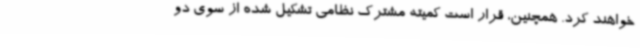
خواهند کرد. همچنین، قرار است کمیته مشترک نظامی تشکیل شده از سوی دو